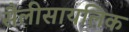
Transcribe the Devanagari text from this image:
सैलीसायलिक